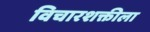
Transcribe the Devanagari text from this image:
विचारशक्तीला